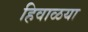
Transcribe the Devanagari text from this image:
हिवाळया